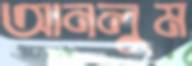
আনলুম